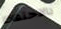
بالاحتفاظ